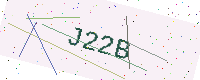
Text: J22B